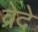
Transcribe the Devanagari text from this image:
व्रेदे